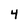
Character: 4